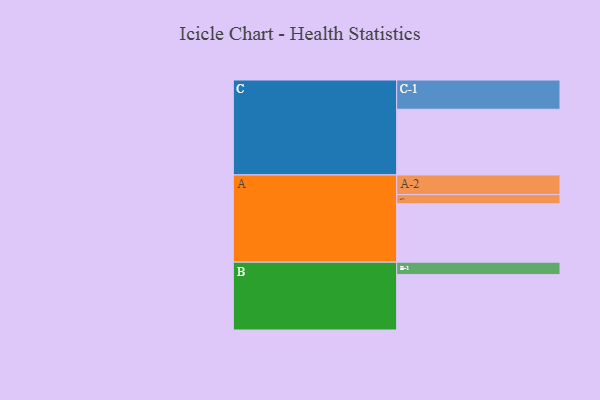
{"axis": {"x": "Segment", "y": "Value"}, "legend": ["", "A", "B", "C"], "data": [{"x": "A", "y": 469, "type": ""}, {"x": "B", "y": 445, "type": ""}, {"x": "C", "y": 528, "type": ""}, {"x": "A-1", "y": 74, "type": "A"}, {"x": "A-2", "y": 158, "type": "A"}, {"x": "B-1", "y": 100, "type": "B"}, {"x": "C-1", "y": 235, "type": "C"}]}